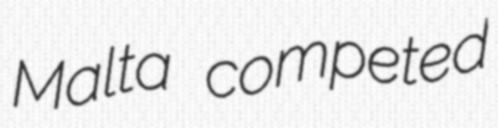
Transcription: Malta competed